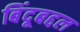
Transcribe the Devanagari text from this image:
बिंदूबद्दल